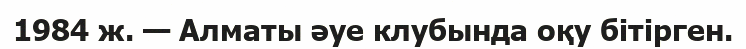
1984 ж. — Алматы әуе клубында оқу бітірген.